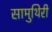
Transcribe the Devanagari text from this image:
सामुथिरी